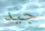
جيد